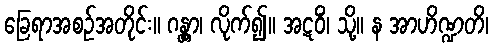
ခြေရာအစဉ်အတိုင်း။ ဂန္တွာ၊ လိုက်၍။ အဋဝိံ၊ သို့။ န အာဟိဏ္ဍတိ၊